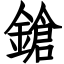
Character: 鎗